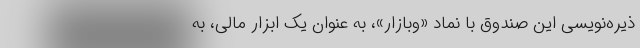
ذیره‌نویسی این صندوق با نماد «وبازار»، به عنوان یک ابزار مالی، به